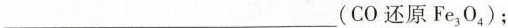
___(CO还原Fe_{3}O_{4})；